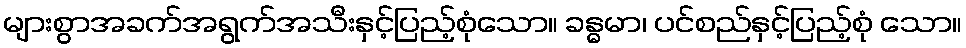
များစွာအခက်အရွက်အသီးနှင့်ပြည့်စုံသော။ ခန္ဓမာ၊ ပင်စည်နှင့်ပြည့်စုံ သော။